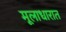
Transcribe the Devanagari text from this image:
मूलाधारात